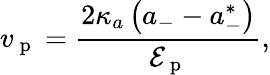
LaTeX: v_{\mathrm{~p~}}=\frac{2\kappa_{a}\left(a_{-}-a_{-}^{*}\right)}{\mathcal{E}_{\mathrm{~p~}}},